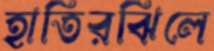
হাতিরঝিলে